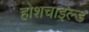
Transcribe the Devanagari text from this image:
होशचाइल्ड